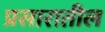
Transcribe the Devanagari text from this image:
प्रसारातील